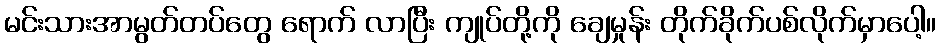
မင်းသားအာမွတ်တပ်တွေ ရောက် လာပြီး ကျုပ်တို့ကို ချေမှုန်း တိုက်ခိုက်ပစ်လိုက်မှာပေါ့။